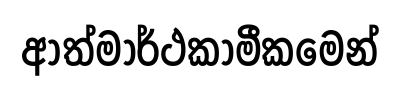
ආත්මාර්ථකාමීකමෙන්